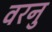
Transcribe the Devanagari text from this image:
वरनु